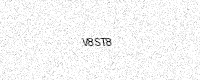
Text: V8ST8